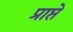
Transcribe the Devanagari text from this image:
प्राप्ते